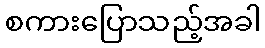
စကားပြောသည့်အခါ